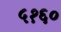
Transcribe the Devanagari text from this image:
५१६०